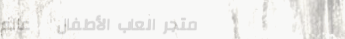
متجر العاب الأطفال   عالم